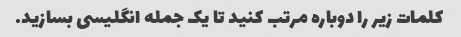
کلمات زیر را دوباره مرتب کنید تا یک جمله انگلیسی بسازید.